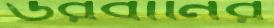
উরবানির